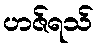
ဟဇ်ရသ်